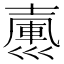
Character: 𢀃